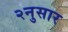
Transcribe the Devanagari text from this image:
२नुसार